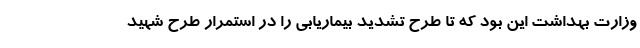
وزارت بهداشت این بود که تا طرح تشدید بیماریابی را در استمرار طرح شهید